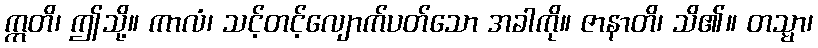
ဣတိ၊ ဤသို့။ ကာလံ၊ သင့်တင့်လျောက်ပတ်သော အခါကို။ ဇာနာတိ၊ သိ၏။ တသ္မာ၊